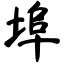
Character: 埠